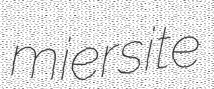
miersite